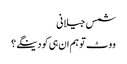
شمس جیلانی
ووٹ تو ہم ان ہی کو دینگے ؟